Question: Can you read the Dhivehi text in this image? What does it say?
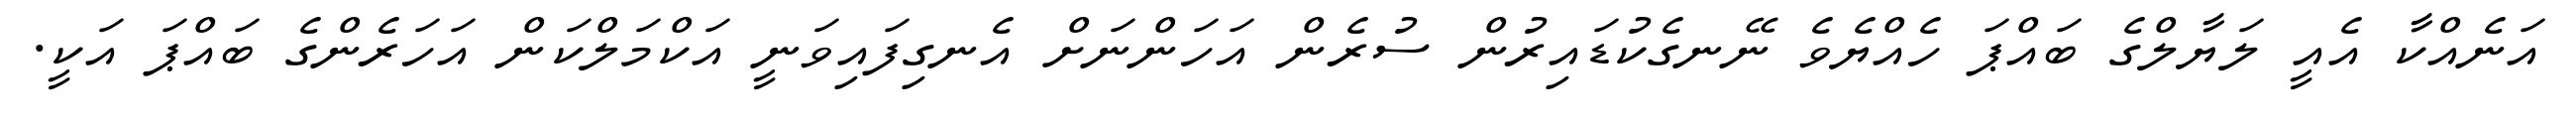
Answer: އަނެއްކާ އެއީ ލަޔާލްގެ ބައްޕަ ހެއްޔެވެ ނޭނގެކުޑައިރުން ސުރެން އަހަންނަށް އެނގިފައިވަނީ އަކްމަލްކަން އަހަރެންގެ ބައްޕަ އަކީ.